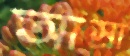
আস্রা